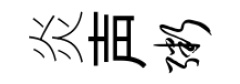
炎声粥